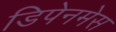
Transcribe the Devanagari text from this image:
डिपेनमेस